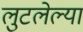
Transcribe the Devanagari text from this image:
लुटलेल्या